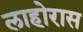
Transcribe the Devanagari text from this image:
लाहोरास